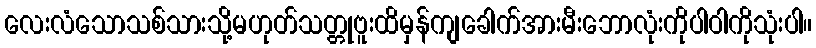
လေးလံသောသစ်သားသို့မဟုတ်သတ္တုဗူးထိမှန်ကျခေါက်အားမီးဘောလုံးကိုပါဝါကိုသုံးပါ။